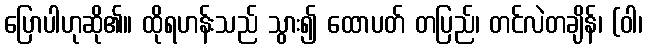
ပြောပါဟုဆို၏။ ထိုရဟန်းသည် သွား၍ ထောပတ် တပြည်၊ တင်လဲတချိန်၊ (ဝါ၊